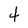
Character: 4